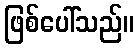
ဖြစ်ပေါ်သည်။